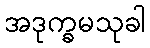
အဒုက္ခမသုခါ